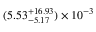
( 5 . 5 3 _ { - 5 . 1 7 } ^ { + 1 6 . 9 3 } ) \times 1 0 ^ { - 3 }